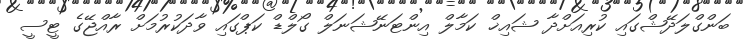
ބަންގްލަދޭޝްގައި ކުރިއަށްދާ ޝައިޚް ކަމާލް އިންޓަނޭޝަނަލް ގޯލްޑް ކަޕްގައި ވާދަކުރުމަށް ރާއްޖޭގެ ޓީސީ